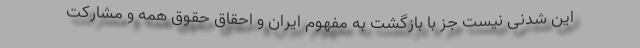
این شدنی نیست جز با بازگشت به مفهوم ایران و احقاق حقوق همه و مشارکت